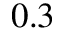
0 . 3